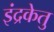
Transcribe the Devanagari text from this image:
इंद्रकेतु